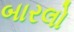
બારલો